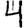
Digit: 4